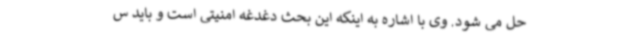
حل می شود. وی با اشاره به اینکه این بحث دغدغه امنیتی است و باید س